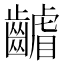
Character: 𮯑